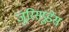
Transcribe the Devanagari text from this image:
जुरिसप्रूडेंस